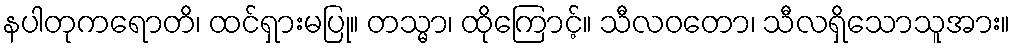
နပါတုကရောတိ၊ ထင်ရှားမပြု။ တသ္မာ၊ ထိုကြောင့်။ သီလဝတော၊ သီလရှိသောသူအား။